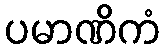
ပမာဏိကံ